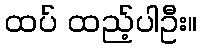
ထပ် ထည့်ပါဦး။